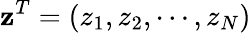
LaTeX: \mathbf{z}^{T}=(z_{1},z_{2},\cdots,z_{N})